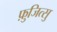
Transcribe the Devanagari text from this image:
फ़ुजित्सु